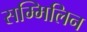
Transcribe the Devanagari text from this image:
सम्मिलिन